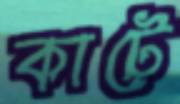
কাটে